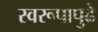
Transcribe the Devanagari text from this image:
स्वरूपापुढे